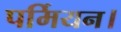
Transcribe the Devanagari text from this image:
पर्मियन।